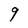
Character: 9